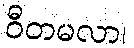
ဝီတမလာ၊